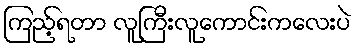
ကြည့်ရတာ လူကြီးလူကောင်းကလေးပဲ